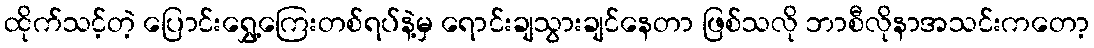
ထိုက်သင့်တဲ့ ပြောင်းရွှေ့ကြေးတစ်ရပ်နဲ့မှ ရောင်းချသွားချင်နေတာ ဖြစ်သလို ဘာစီလိုနာအသင်းကတော့